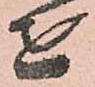
を